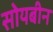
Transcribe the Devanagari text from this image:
सोयबीन